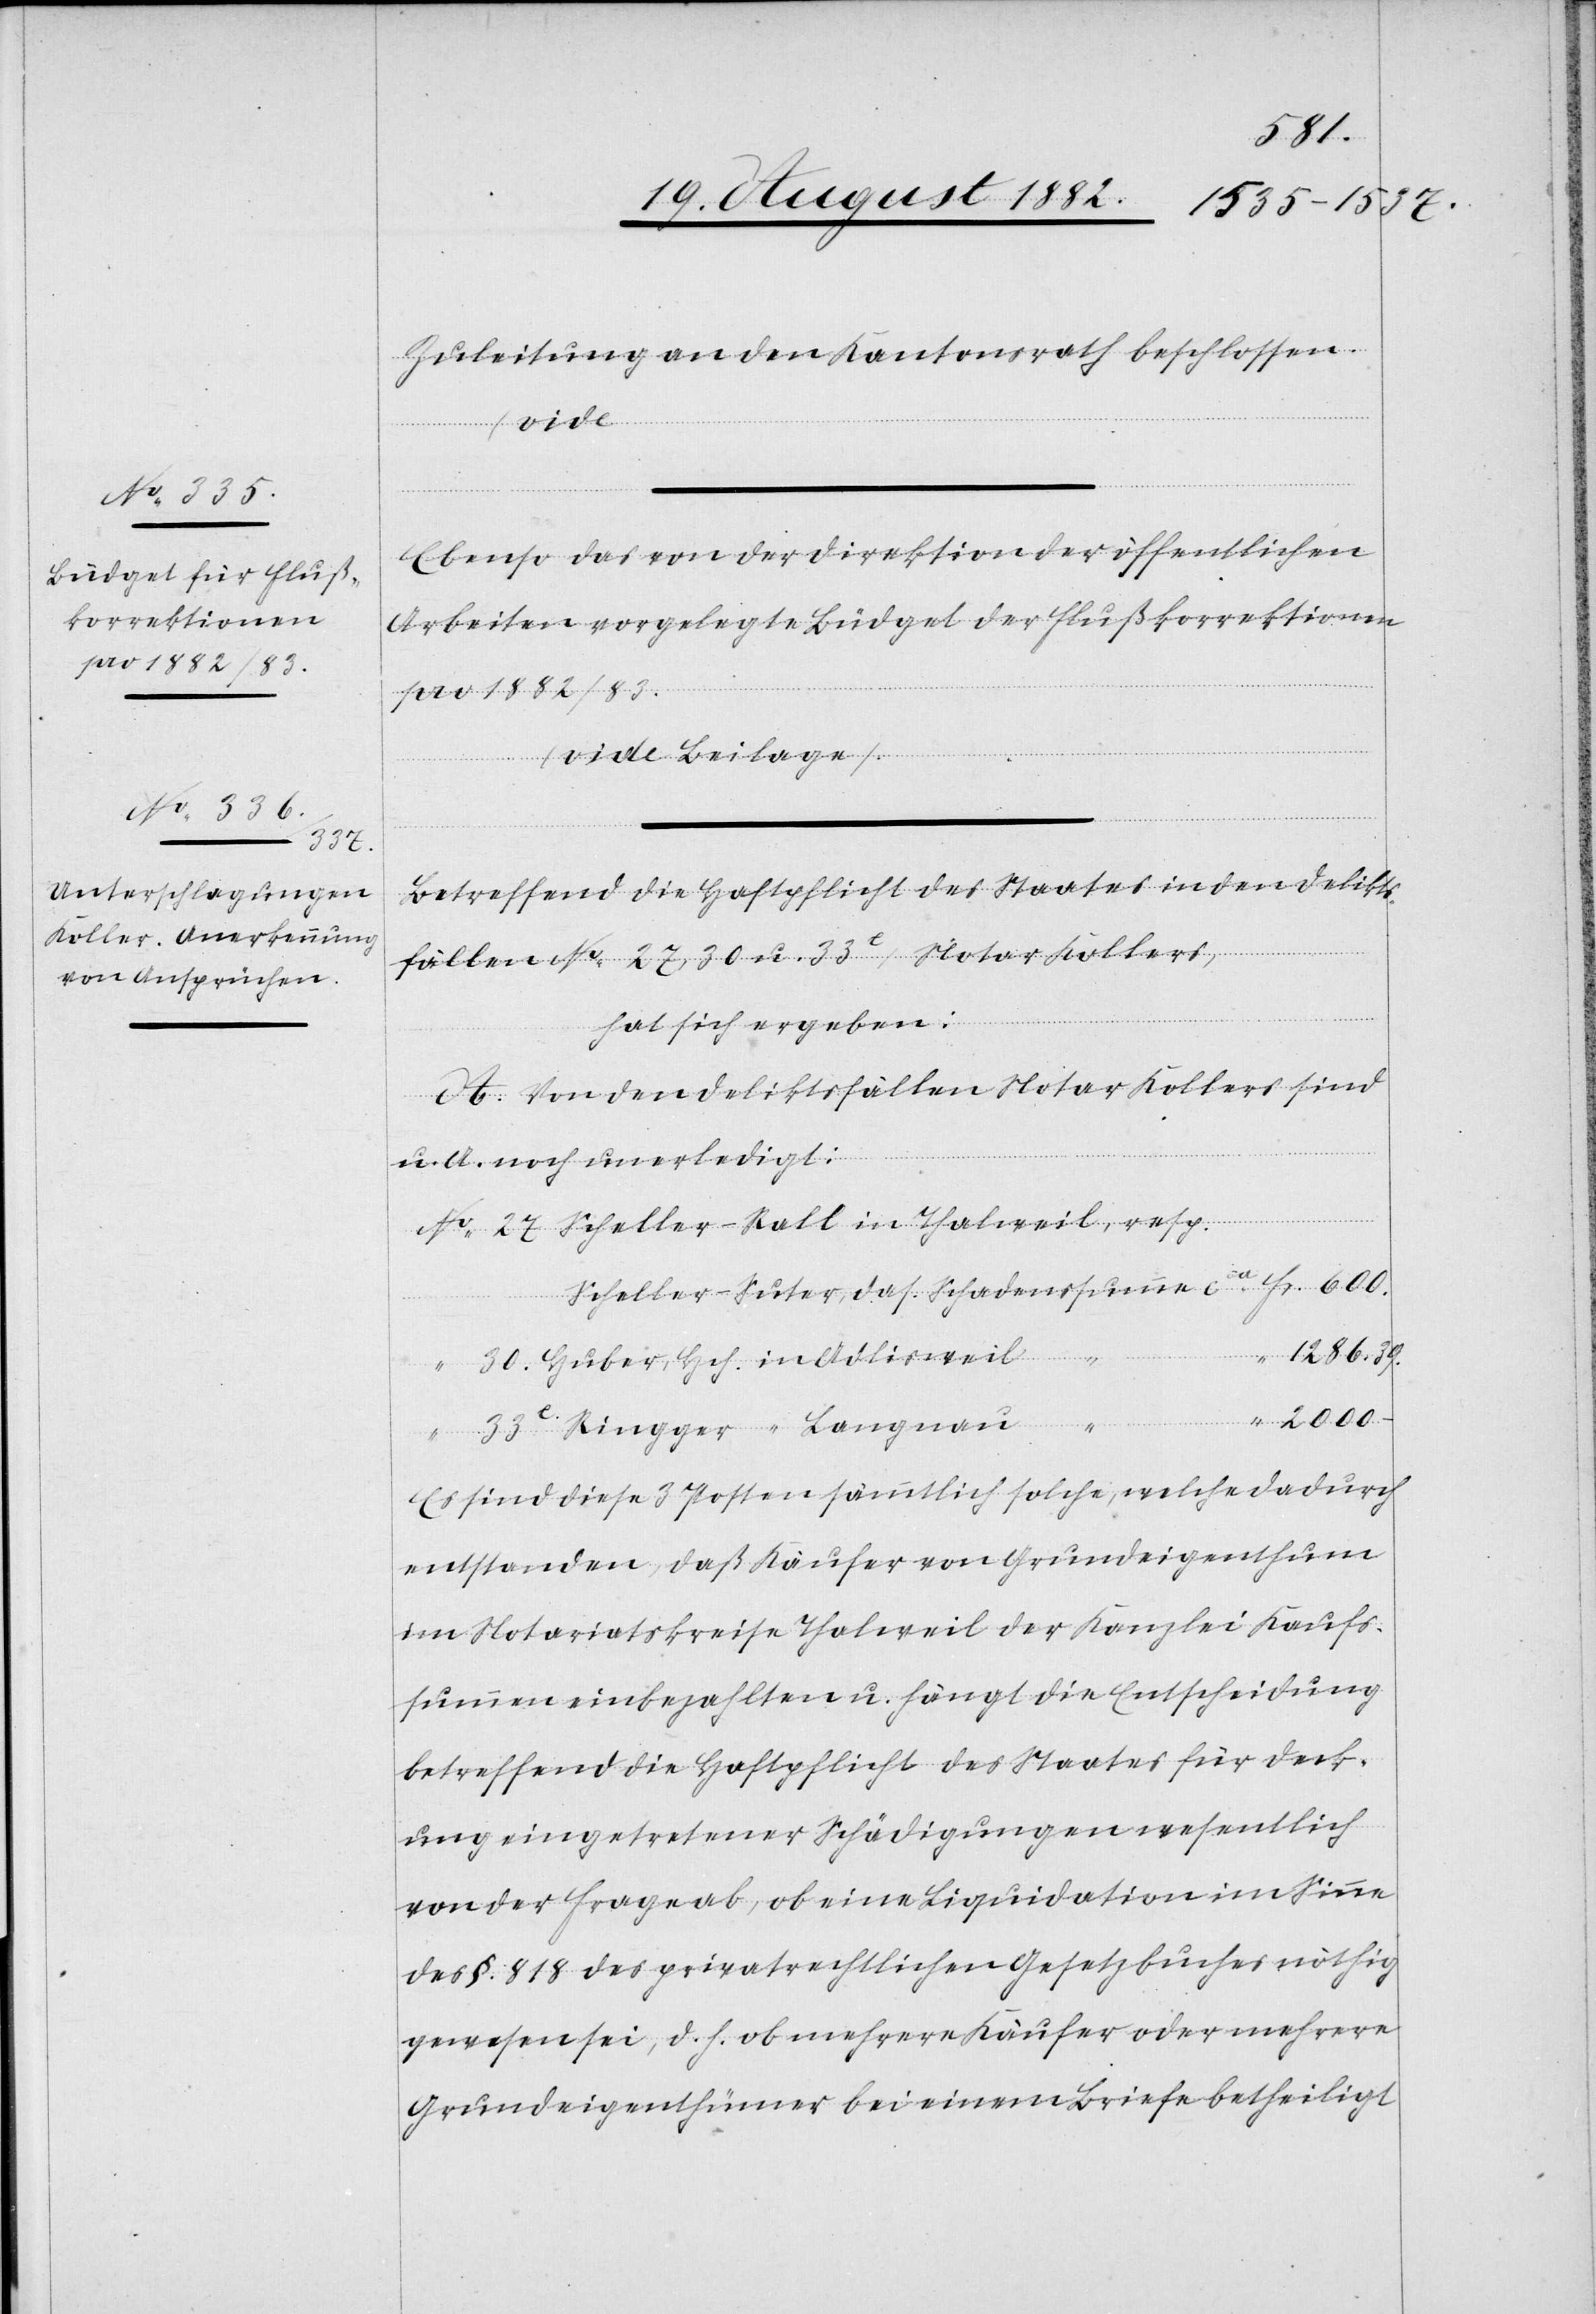
39.
Zuleitung an den Kantonsrath beschlossen.
Ebenso das von der Direktion der öffentlichen
Arbeiten vorgelegte Büdget der Flußkorrektionen
pro 1882/83.
(vide Beilage).
–
Betreffend die Haftpflicht des Staates in den Delikts¬
fällen No 27, 30 u. 33e, Notar Kollers,
hat sich ergeben:
A. Von den Deliktsfällen Notar Kollers sind
u. A. noch unerledigt:
resp.
Huber. Hch. in Adlisweil
“
2000.
Schadenssu¬
Ringger - Langnau
Es sind diese 3 Posten sämmtlich solche, welche dadurch
entstanden, daß Käufer von Grundeigenthum
im Notariatskreise Thalweil der Kanzlei Kaufs¬
summen einbezahlten u. hängt die Entscheidung
betreffend die Haftpflicht des Staates für Deck¬
ung eingetretener Schädigungen wesentlich
von der Frage ab, ob eine Liquidation im Sinne
des §. 818 des privatrechtlichen Gesetzbuches nöthig
gewesen sei, d. h. ob mehrere Käufer oder mehrere
Grundeigenthümer bei einem Briefe betheiligt